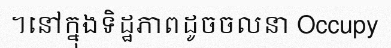
។នៅក្នុងទិដ្ឋភាពដូចចលនា Occupy